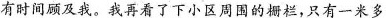
有时间顾及我。我再看了下的小区周围的栅栏，只有一米多